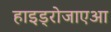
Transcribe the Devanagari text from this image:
हाइड्रोजाएआ